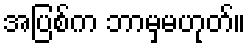
အပြစ်က ဘာမှမဟုတ်။